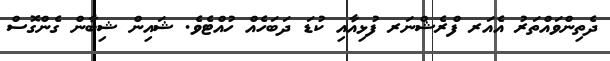
ދެތިންވައްތަރު އެއަރ ފްރެޝްނަރ ފުޅިއާއި ކުޑަ ދަބަހެއް ހުއްޓެވެ. ޝައިން ޝިބާން ގެންގޮސް